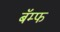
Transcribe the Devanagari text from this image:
बॅम्फ